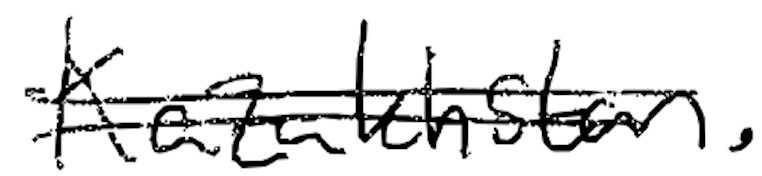
Text: Kazakhstan.
Cross-out: double-line
Writing tool: digital_black